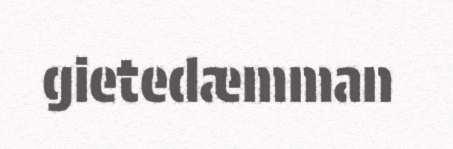
gietedæmman